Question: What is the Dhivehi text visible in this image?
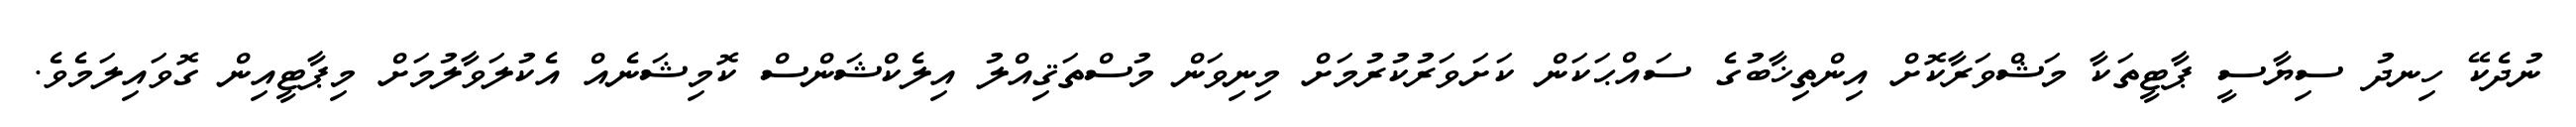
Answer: ނުދެކޭ ހިނދު ސިޔާސީ ޕާޓީތަކާ މަޝްވަރާކޮށް އިންތިޚާބުގެ ސައްޙަކަން ކަށަވަރުކުރުމަށް މިނިވަން މުސްތަޤިއްލު އިލެކްޝަންސް ކޮމިޝަނެއް އެކުލަވާލުމަށް މިޕާޓީއިން ގޮވައިލަމެވެ.